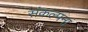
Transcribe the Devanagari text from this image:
संकल्पनां